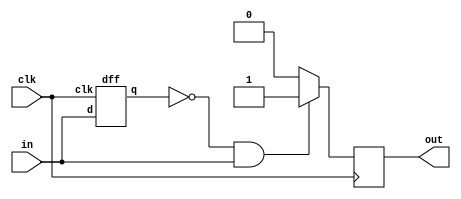
module top_module (
    input clk,
    input in,
    output reg out
);
initial out=0;
wire mid;
dff u1(
.clk (clk),
.d (in),
.q (mid)
);

always@(posedge clk)
begin
if((~mid)&in) out<=1;
else out<=0;
end
endmodule

module dff(input d,input clk,output reg q);
always@(posedge clk)
begin
    q<=d;
end
endmodule